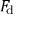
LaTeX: F _ { \mathrm { d } }